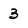
Character: 3